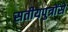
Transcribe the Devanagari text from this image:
सतीयपुत्रोंसे